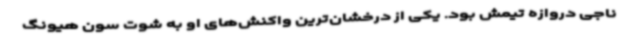
ناجی دروازه تیمش بود. یکی از درخشان‌ترین واکنش‌های او به شوت سون هیونگ